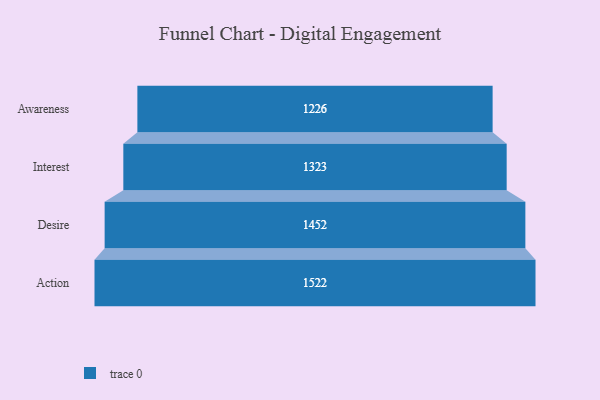
{"axis": {"x": "Stage", "y": "Value"}, "legend": [""], "data": [{"x": "Awareness", "y": 1226.0, "type": ""}, {"x": "Interest", "y": 1323.0, "type": ""}, {"x": "Desire", "y": 1452.0, "type": ""}, {"x": "Action", "y": 1522.0, "type": ""}]}